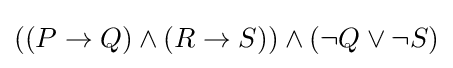
((P\to Q)\land (R\to S))\land (\neg Q\lor \neg S)